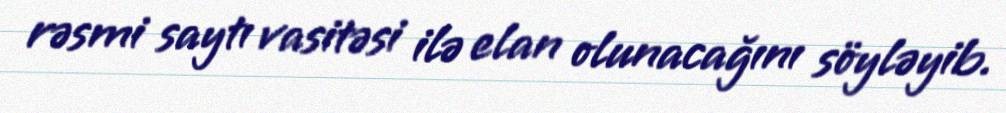
rəsmi saytı vasitəsi ilə elan olunacağını söyləyib.